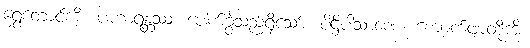
ရွှေတောင်ကို။ ပဟာရန္တဿ၊ ပေါက်ခွဲသည်ရှိသော်။ ပိဋ္ဌိပါသာဏေ၊ ကျောက်ဖျာတို့ကို။